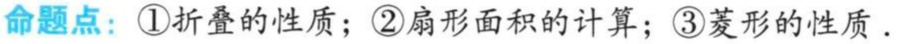
命题点：\textcircled{1}折叠的性质；\textcircled{2}扇形面积的计算；\textcircled{3}菱形的性质．